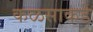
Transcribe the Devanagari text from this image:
कळसाकडे